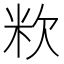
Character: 𥸷